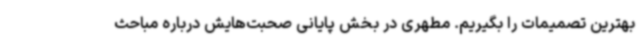
بهترین تصمیمات را بگیریم. مطهری در بخش پایانی صحبت‌هایش درباره مباحث